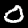
Label: 0